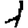
Digit: 1